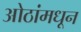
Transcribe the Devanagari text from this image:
ओठांमधून